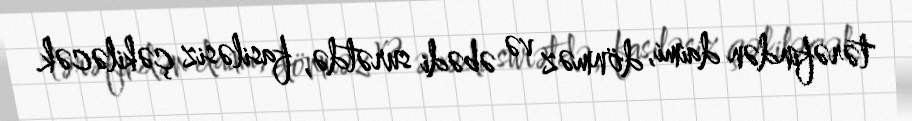
tərəfindən daimi, dönməz və əbədi surətdə, fasiləsiz çəkiləcək.